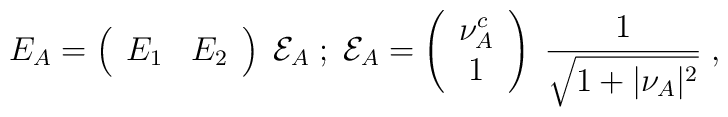
E_A=\left(\begin{array}{cc}E_1 & E_2\end{array}\right)\;{\cal E}_A\;;\;{\cal E}_A=\left(\begin{array}{c}\nu_A^c \\ 1\end{array}\right)\;{1\over\sqrt{1+\vert\nu_A\vert^2}}\;,